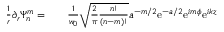
\begin{array} { r l r } { \frac { 1 } { r } \partial _ { r } \Psi _ { n } ^ { m } = } & { { } } & { \frac { 1 } { w _ { 0 } } \sqrt { \frac { 2 } { \pi } \frac { n ! } { ( n - m ) ! } } a ^ { - m / 2 } \mathrm { e } ^ { - a / 2 } \mathrm { e } ^ { i m \phi } \mathrm { e } ^ { i k z } } \end{array}